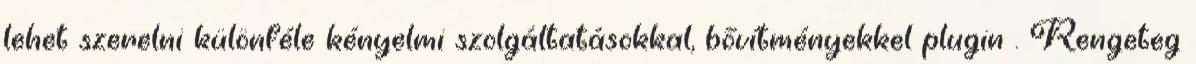
lehet szerelni különféle kényelmi szolgáltatásokkal, bővítményekkel plugin . Rengeteg